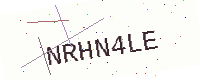
Text: NRHN4LE